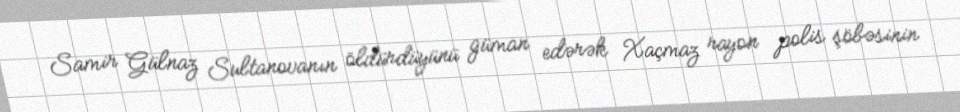
Samir Gülnaz Sultanovanın öldürdüyünü güman edərək Xaçmaz rayon polis şöbəsinin